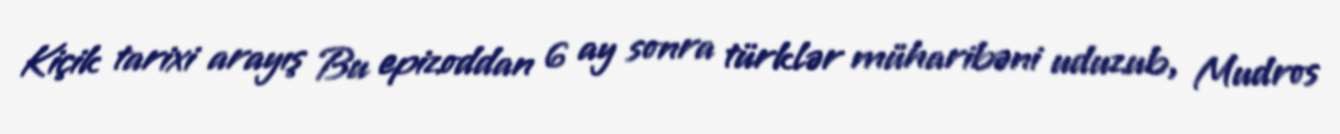
Kiçik tarixi arayış Bu epizoddan 6 ay sonra türklər müharibəni uduzub, Mudros